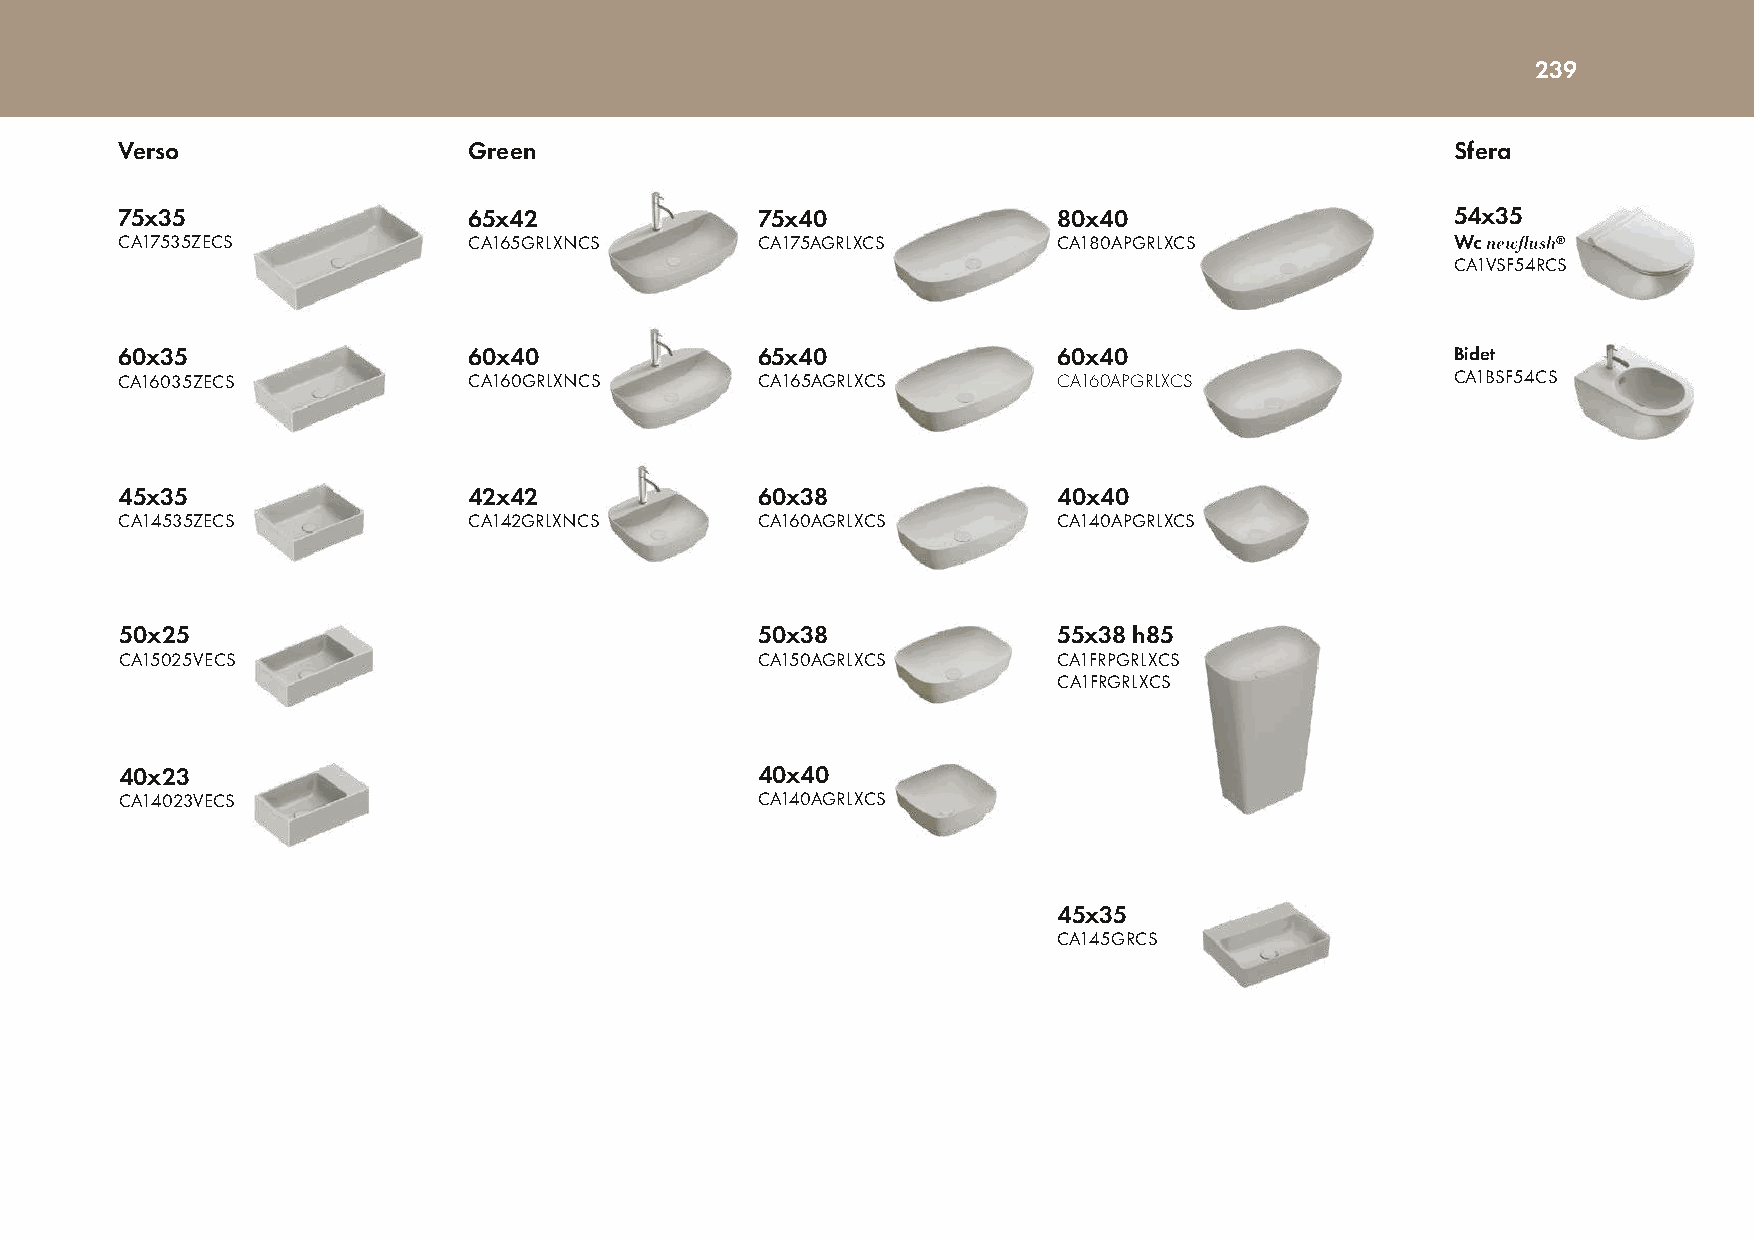
239
 Verso                  Green                                                            Sfera
 75x35                  65x42              75x40               80x40                     54x35
 CA17535ZECS            CA165GRLXNCS       CA175AGRLXCS        CA180APGRLXCS             Wc
 CA1VSF54RCS
 60x35                  60x40              65x40               60x40                     Bidet
 CA16035ZECS            CA160GRLXNCS       CA165AGRLXCS        CA160APGRLXCS             CA1BSF54CS
 45x35                  42x42              60x38               40x40
 CA14535ZECS            CA142GRLXNCS       CA160AGRLXCS        CA140APGRLXCS
 50x25                                     50x38               55x38 h85
 CA15025VECS                               CA150AGRLXCS        CA1FRPGRLXCS
 CA1FRGRLXCS
 40x23                                     40x40
 CA14023VECS                               CA140AGRLXCS
 45x35
 CA145GRCS